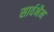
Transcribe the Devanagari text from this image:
सार्वभैम